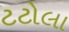
ટટોલા